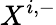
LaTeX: X^{i,-}